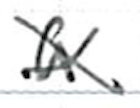
Text: a
Cross-out: cross
Writing tool: ballpoint